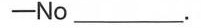
—No _____ .